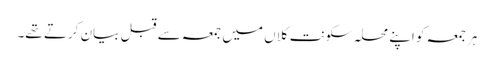
ہرجمعہ کو اپنے محلہ سکونت کلاں میں جمعہ سے قبل بیان کرتے تھے۔